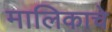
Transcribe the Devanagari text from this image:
मालिकाचे